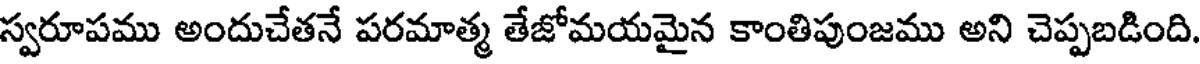
స్వరూపము అందుచేతనే పరమాత్మ తేజోమయమైన కాంతిపుంజము అని చెప్పబడింది